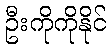
ဦးကိုကိုနိုင်